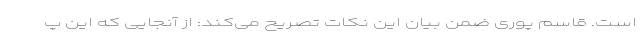
است. قاسم پوری ضمن بیان این نکات تصریح می‌کند: از آنجایی که این پ